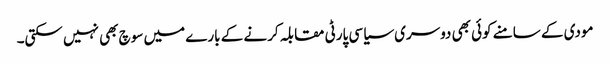
مودی کے سامنے کوئی بھی دوسری سیاسی پارٹی مقابلہ کرنے کے بارے میں سوچ بھی نہیں سکتی۔